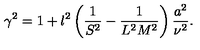
\gamma ^ { 2 } = 1 + l ^ { 2 } \left( \frac { 1 } { S ^ { 2 } } - \frac { 1 } { L ^ { 2 } M ^ { 2 } } \right) \frac { a ^ { 2 } } { \nu ^ { 2 } } .